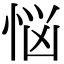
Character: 悩